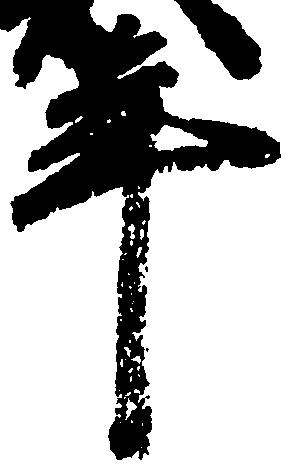
年